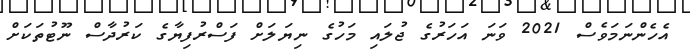
އެހެންނަމަވެސް 2021 ވަނަ އަހަރުގެ ޖުލައި މަހުގެ ނިޔަލަށް ފަސްރުފިޔާގެ ކަރުދާސް ނޫޓުތަކަށް